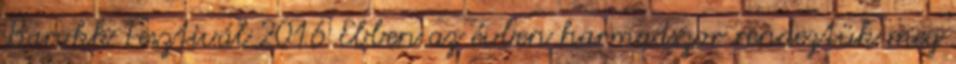
Barokk Fesztivál 2016 Ebben az évben harmadszor rendeztük meg